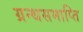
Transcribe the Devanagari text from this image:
ग्रन्थसमाप्ति